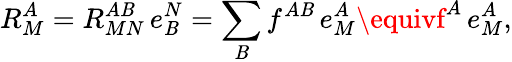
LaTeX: R_{M}^{A}=R_{MN}^{A\mathit{B}}\, e_{\mathit{B}}^{N}=\sum_{\mathit{B}}f^{A\mathit{B}}\, e_{M}^{A}\equivf^{A}\, e_{M}^{A},